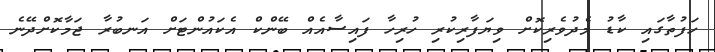
ހަފުތާގައި ކާޑު މެދުވެރިކޮށް ވިޔަފާރިކުރި ހުރިހާ ފައިސާއެއް ބޭންކް އެކައުންޓަށް އަނބުރާ ޖަމާކޮށްދޭނެ